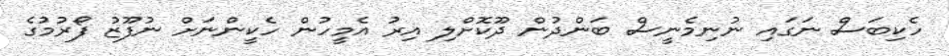
ހެކިބަސް ނަގައި ނުނިމެނީސް ބަންދުން ދޫކޮށްލި އިރު އެމީހުން ހެކީންނަށް ނުފޫޒު ފޯރުމުގެ